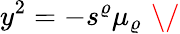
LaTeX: y^{2}=-s^{\varrho}\mu_{\varrho}\, \, \/